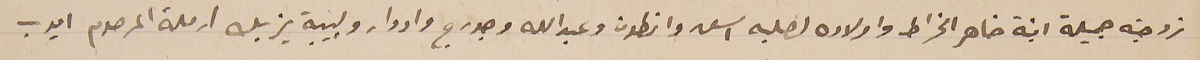
زوجته جميلة ابنة ضاهر الخراط واولاده لصلبه اسعد وانطون وعبدالله وجورج وادوار ولبيبة يزبك ارملة المرحوم ايوب